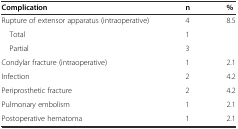
<table><thead><tr><td><b>Complication</b></td><td><b>n</b></td><td><b>%</b></td></tr></thead><tbody><tr><td>Rupture of extensor apparatus (intraoperative)</td><td>4</td><td>8.5</td></tr><tr><td> Total</td><td>1</td><td></td></tr><tr><td> Partial</td><td>3</td><td></td></tr><tr><td>Condylar fracture (intraoperative)</td><td>1</td><td>2.1</td></tr><tr><td>Infection</td><td>2</td><td>4.2</td></tr><tr><td>Periprosthetic fracture</td><td>2</td><td>4.2</td></tr><tr><td>Pulmonary embolism</td><td>1</td><td>2.1</td></tr><tr><td>Postoperative hematoma</td><td>1</td><td>2.1</td></tr></tbody></table>